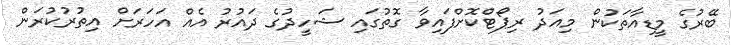
ބޭރުގެ މީޑިއާތަކުން މިއަދު ރިޕޯޓްކޮށްފައިވާ ގޮތުގައި ޝަހީދުގެ ދައުރު އެއް އަހަރަށް އިތުރުކުރަން